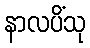
နာလပိံသု